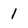
Character: 1